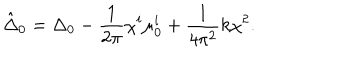
LaTeX: \hat { \Delta } _ { 0 } = \Delta _ { 0 } - \frac { 1 } { 2 \pi } \chi ^ { i } \mu _ { 0 } ^ { i } + \frac { 1 } { 4 \pi ^ { 2 } } k \chi ^ { 2 } .